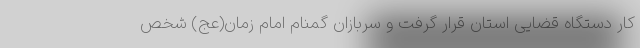
کار دستگاه قضایی استان قرار گرفت و سربازان گمنام امام زمان(عج) شخص